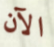
الآن